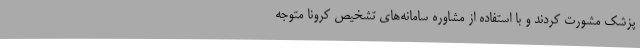
پزشک مشورت کردند و با استفاده از مشاوره سامانه‌های تشخیص کرونا متوجه